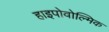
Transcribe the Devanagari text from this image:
हाइपोवोल्मिक